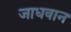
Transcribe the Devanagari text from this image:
जाधवान